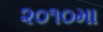
૨૦૧૦મા